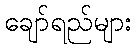
ချော်ရည်များ